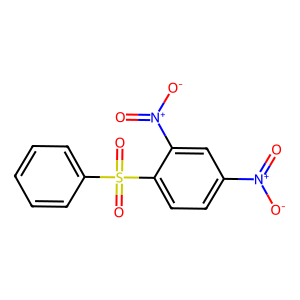
SMILES: O=[N+]([O-])c1ccc(S(=O)(=O)c2ccccc2)c([N+](=O)[O-])c1
Inhibits HIV replication: No